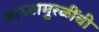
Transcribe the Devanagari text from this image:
वाघ्यामुरळींची